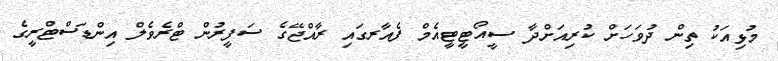
މުޅިއަކު ތިން ދުވަހަށް ކުރިއަށްދާ ސީއޯޓީޓީއެމް ފެއާރގައި ރާއްޖޭގެ ސަފީރުން ޓްރެވެލް އިންޑަސްޓްރީގެ